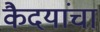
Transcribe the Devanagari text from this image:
कैदयांचा